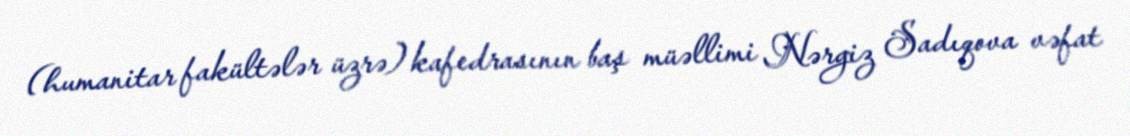
(humanitar fakültələr üzrə) kafedrasının baş müəllimi Nərgiz Sadıqova vəfat